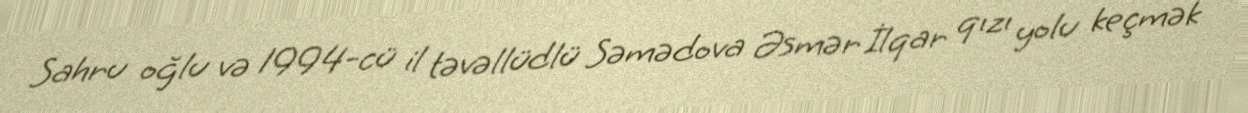
Sahru oğlu və 1994-cü il təvəllüdlü Səmədova Əsmər İlqar qızı yolu keçmək